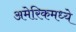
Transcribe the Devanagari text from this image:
अमेरिकमध्ये